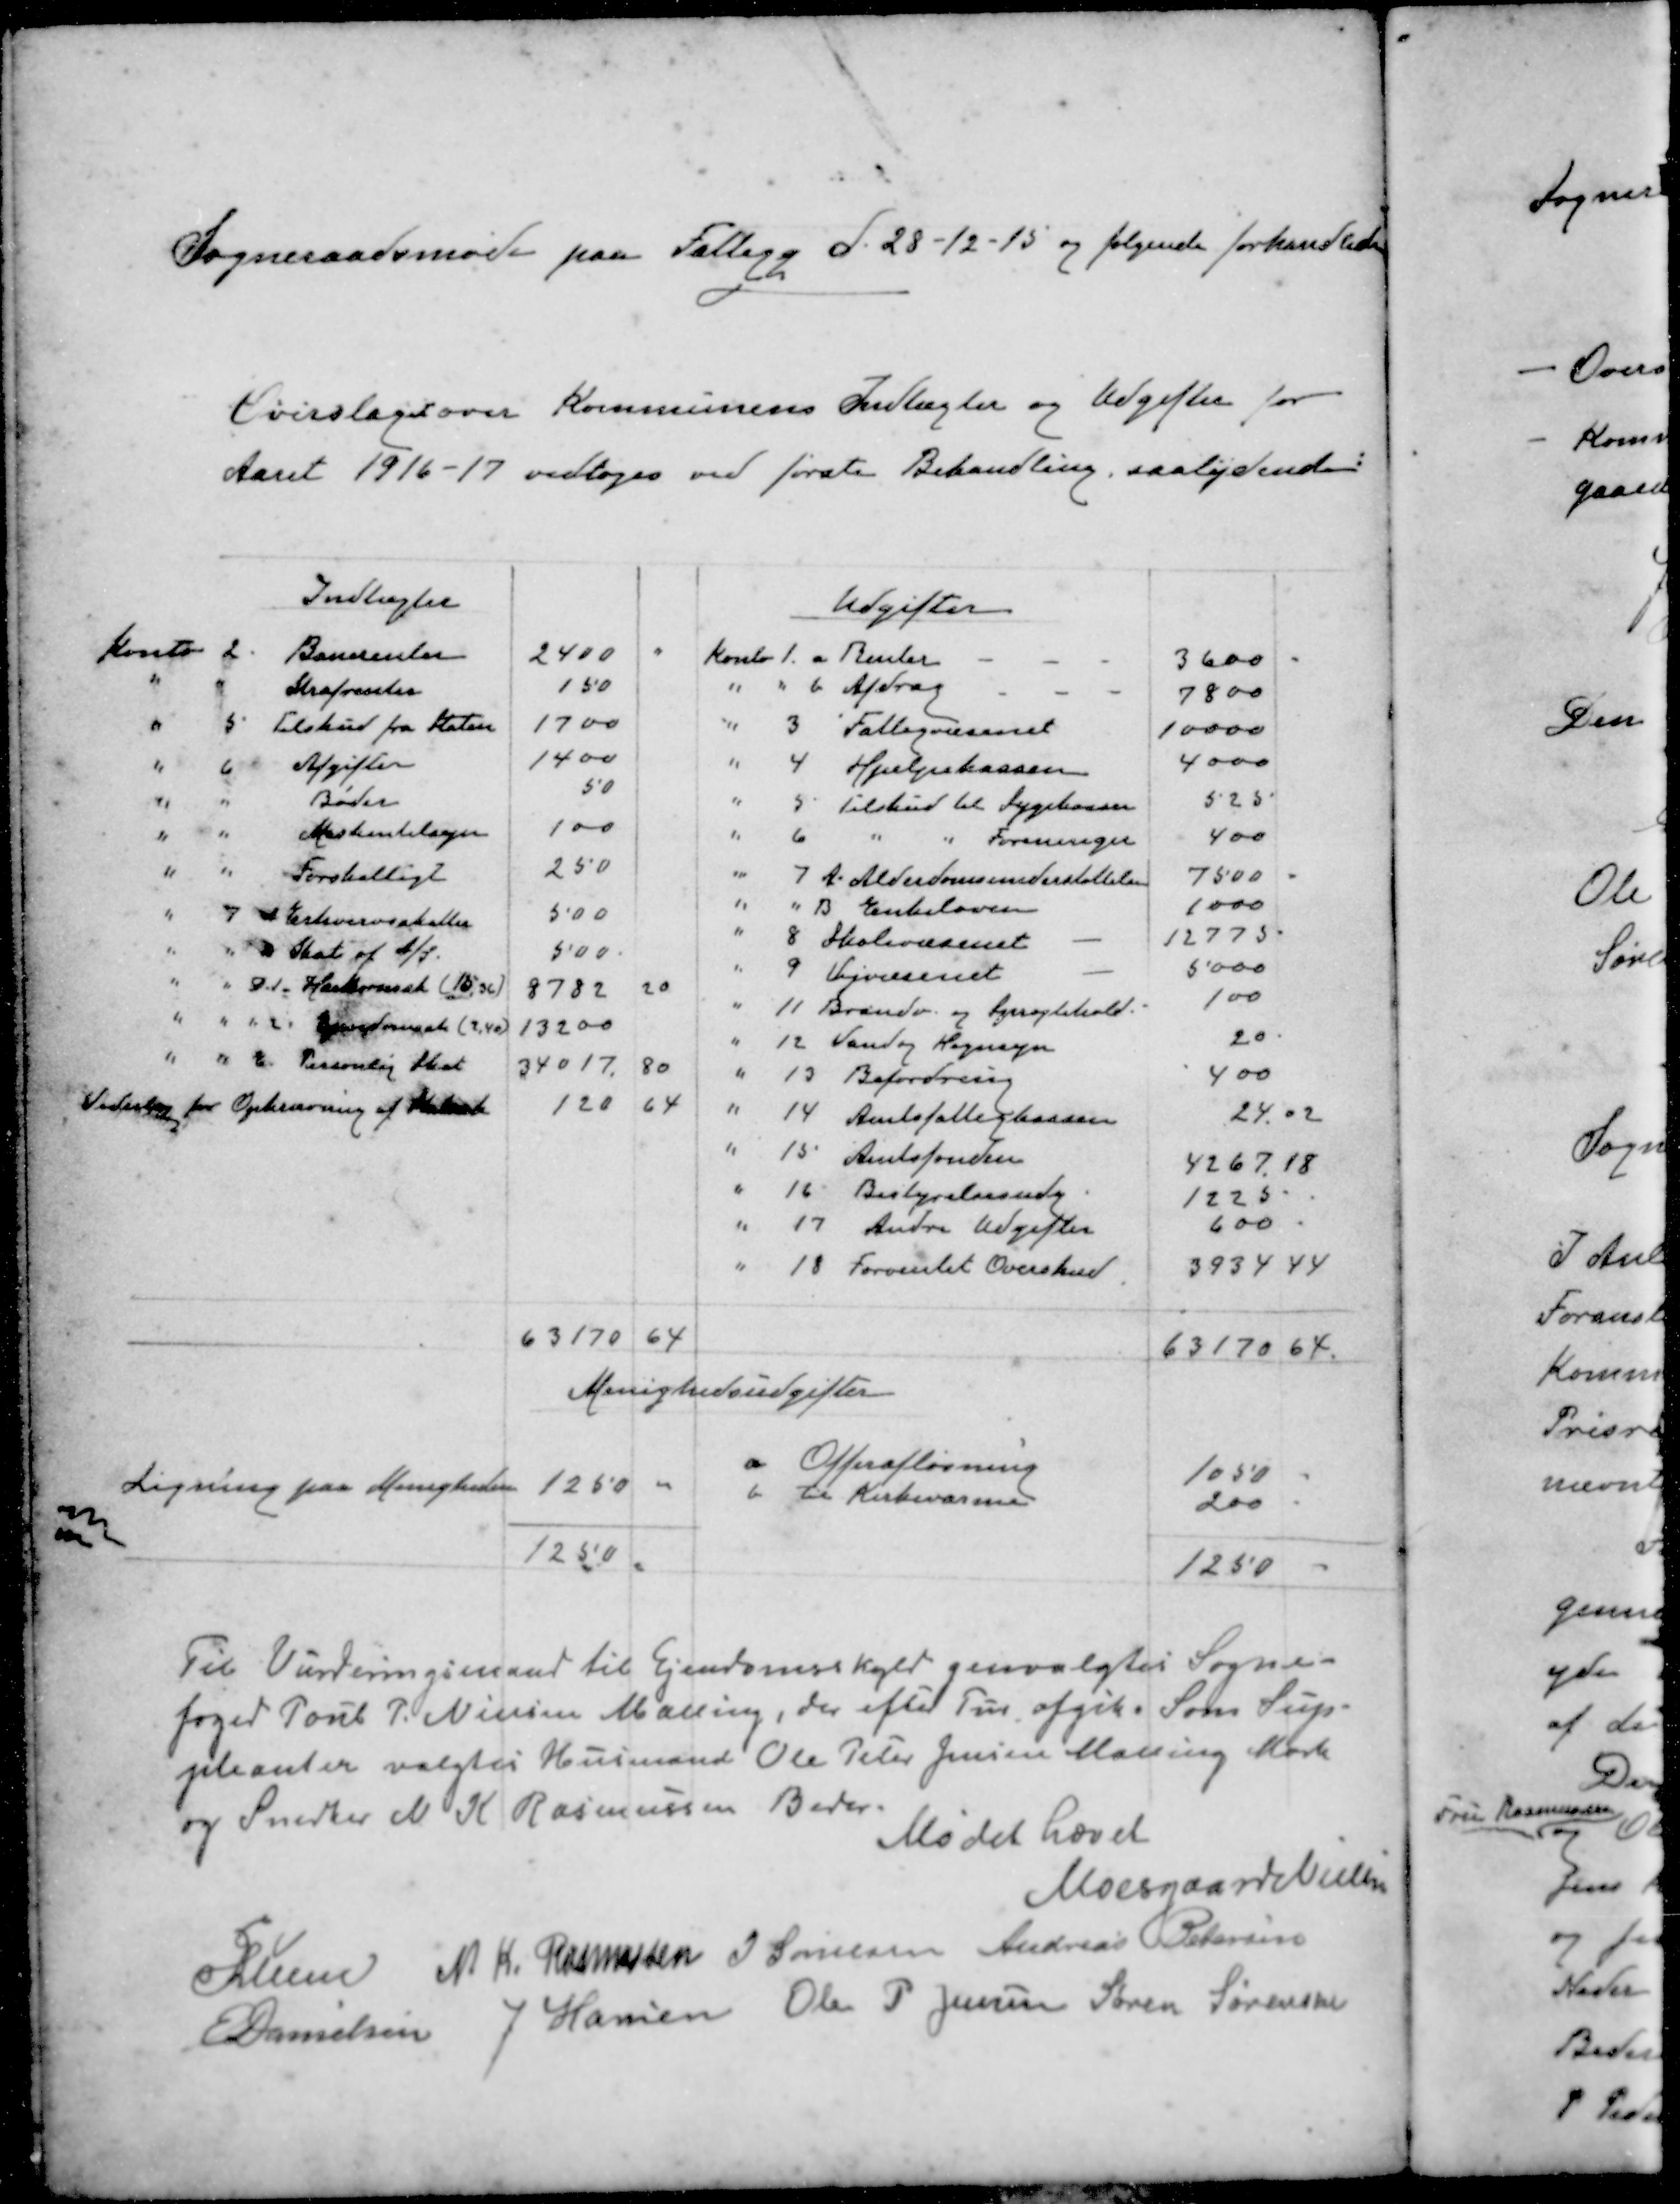
Transskription:
Sogneraadsmøde paa Fattigg d. 28-12-15 og følgende forhandledes
Overslaget over Kommunens Indtægter og Udgifter for
Aaret 1916-17 vedtoges ved første Behandling, saalydende:
Indtægter
Udgifter
Konto
2.
Banerenter
2400
Konto 1.
a Renter
3600
"
"
Strafrenter
150
"
"
b Afdrag
7800
"
5
Tilskud fra Staten
1700
"
3
Fattigvæsenet
10000
"
6
Afgifter
1400
"
4
Hjælpekassen
4000
"
"
Bøder
50
"
5
Tilskud til Sygekassen
525
"
"
Maskintilsyn
100
"
6
"
"
Foreninger
400
"
"
Forskelligt
250
"
7A. Alderdomsunderstøttelse
7500
"
" B. Enkeloven
1000
"
7 A Erhvervsskatter
500
"
8
Skolevæsenet
12775
"
" B Skat af A/S.
500
"
9 Vejvæsenet
5000
"
" D. 1. Hartkornsat (15,36)
8782
20
"
11 Brandv. og Sprøjtehold.
100
"
" " 2 Ejendomssk (2,40)
13200
"
12 Vandog Hegnsyn
20
"
" E. Personlig Skat
34017.
80
"
13 Befordring
400
Vederlag for Opkrævning af Statssk
120
64
"
14 Amtsfattigkassen
24.02
"
15. Amtsfonden
4267,18
"
16 Bestyrelsesudg
1225
"
17. Andre Udgifter
600
"
18 Forventet Overskud
3934, 44
63170 64
63170 64.
Menighedsudgifter
a Offerafløsning
1050
Ligning paa Menigheden
1250 00
b til Kirkevarme
200
1250
1250
Til Vurderingsmand til Ejendomsskyld genvalgtes Sogne-
foged Poul P. Nielsen Malling, der efter Tur afgik. Som Sup-
pleanter valgtes Husmand Ole Peter Jensen Malling Mark
og Snedker N K Rasmussen Beder.
Mødet hævet
Moesgaard Nielsen
PLunn
N. K. Rasmussen
J Sørensen
Andreas Pedersen
E Danielsen
J Hansen
Ole P Jensen
Søren Sørensen